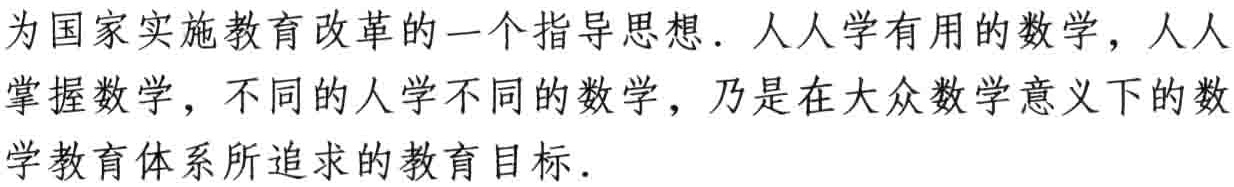
为国家实施教育改革的一个指导思想. 人人学有用的数学, 人人掌握数学, 不同的人学不同的数学, 乃是在大众数学意义下的数学教育体系所追求的教育目标.